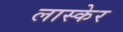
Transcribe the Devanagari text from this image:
लास्केर